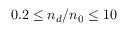
0 . 2 \leq n _ { d } / n _ { 0 } \leq 1 0